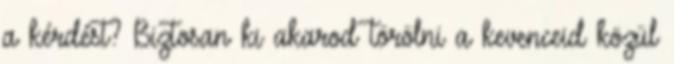
a kérdést? Biztosan ki akarod törölni a kevenceid közül